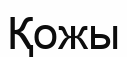
Қожы